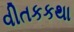
વીતકકથા